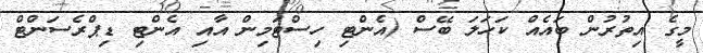
މީގެ އިތުރުން ބައެއް ކަހަލަ ބޭސް (އެންޓި ހިސްޓަމިން އާއި އެންޓި ޑިޕްރެސަންޓް